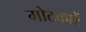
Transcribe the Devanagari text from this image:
मोटकारें